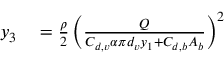
\begin{array} { r l } { y _ { 3 } } & { { } = \frac { \rho } { 2 } \left( \frac { Q } { C _ { d , v } \alpha \pi d _ { v } y _ { 1 } + C _ { d , b } A _ { b } } \right) ^ { 2 } } \end{array}